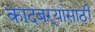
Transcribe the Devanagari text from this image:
कादंबऱ्यांसाठी